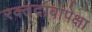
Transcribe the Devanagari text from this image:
रक्तदाबापेक्षा